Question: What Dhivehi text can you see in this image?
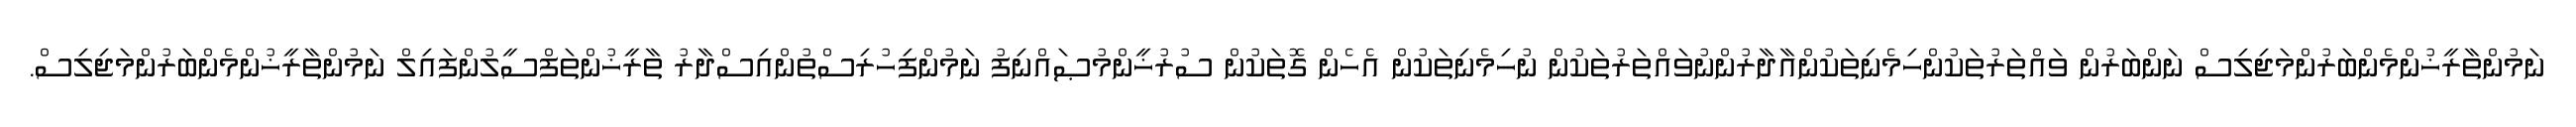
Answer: ނަމުންތާރީޚުންމެންބަރުންމަޖިލިސް ނަންބަރުން ވައްތަރުތަކުންހިމެނިތަކުންއާދާރުންނުވައްތަރުތަކުން ނުހިމެނިތަކުން އެހެން ގޮތަކުން ސުރުޚީންމުޞައްނިފު ނަމުންފިހުރިސްތުންއިސްދާރު ތާރީޚުންތަފްސީލުންފައިލް ނަމުންތާރީޚުންމެންބަރުންމަޖިލިސް.